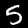
Digit: 5